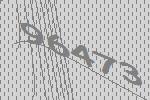
96473